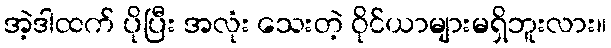
အဲ့ဒါထက် ပိုပြီး အလုံး သေးတဲ့ ဝိုင်ယာများမရှိဘူးလား။